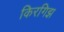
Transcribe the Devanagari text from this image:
किरगिझ